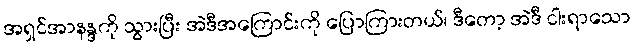
အရှင်အာနန္ဒကို သွားပြီး အဲဒီအကြောင်းကို ပြောကြားတယ်၊ ဒီတော့ အဲဒီ ငါးရာသော